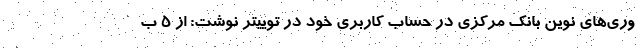
وری‌های نوین بانک مرکزی در حساب کاربری خود در توییتر نوشت: از ۵ ب